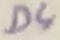
Text: D4